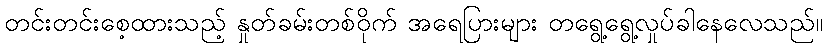
တင်းတင်းစေ့ထားသည့် နှုတ်ခမ်းတစ်ဝိုက် အရေပြားများ တရွေ့ရွေ့လှုပ်ခါနေလေသည်။